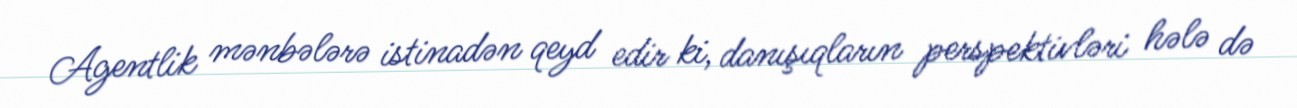
Agentlik mənbələrə istinadən qeyd edir ki, danışıqların perspektivləri hələ də